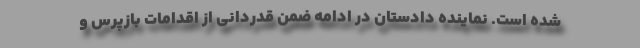
شده است. نماینده دادستان در ادامه ضمن قدردانی از اقدامات بازپرس و